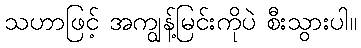
သဟာဖြင့် အကျွန့်မြင်းကိုပဲ စီးသွားပါ။